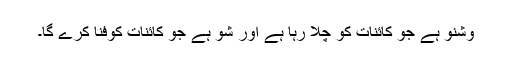
وشنو ہے جو کائنات کو چلا رہا ہے اور شو ہے جو کائنات کوفنا کرے گا۔